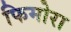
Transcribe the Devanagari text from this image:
फिमोरा